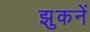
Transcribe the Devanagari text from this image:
झुकनें